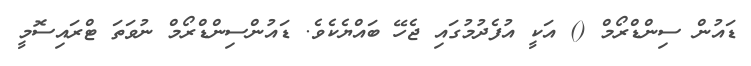
ޑައުން ސިންޑްރޯމް () އަކީ އުފެދުމުގައި ޖެހޭ ބައްޔެކެވެ. ޑައުންސިންޑްރޯމް ނުވަތަ ޓްރައިސޮމީ